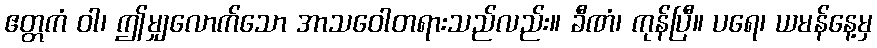
ဧတ္တကံ ဝါ၊ ဤမျှလောက်သော အာသဝေါတရားသည်လည်း။ ခီဏံ၊ ကုန်ပြီ။ ပရေ၊ ယမန်နေ့မှ